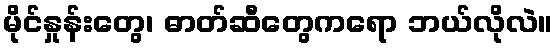
မိုင်နှုန်းတွေ၊ ဓာတ်ဆီတွေကရော ဘယ်လိုလဲ။